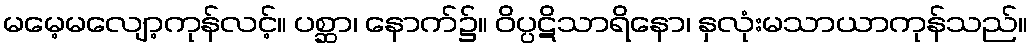
မမေ့မလျော့ကုန်လင့်။ ပစ္ဆာ၊ နောက်၌။ ဝိပ္ပဋိသာရိနော၊ နှလုံးမသာယာကုန်သည်။